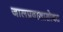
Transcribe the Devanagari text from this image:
जालप्रवासासोबत